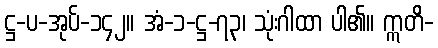
ဋ္ဌ-ပ-အုပ်-၁၄၂။ အံ-၁-ဋ္ဌ-၇၃၊ သုံးဂါထာ ပါ၏။ ဣတိ-